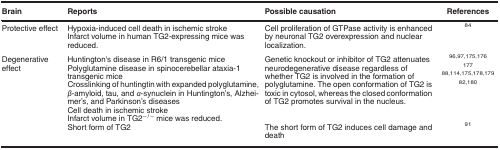
<table><thead><tr><td><b>Brain</b></td><td><b>Reports</b></td><td><b>Possible causation</b></td><td><b>References</b></td></tr></thead><tbody><tr><td>Protective effect</td><td>Hypoxia-induced cell death in ischemic strokeInfarct volume in human TG2-expressing mice was reduced.</td><td>Cell proliferation of GTPase activity is enhanced by neuronal TG2 overexpression and nuclear localization.</td><td><sup>84</sup></td></tr><tr><td>Degenerative effect</td><td>Huntington&#x27;s disease in R6/1 transgenic mice Polyglutamine disease in spinocerebellar ataxia-1 transgenic miceCrosslinking of huntingtin with expanded polyglutamine, <i>β</i>-amyloid, tau, and <i>α</i>-synuclein in Huntington&#x27;s, Alzheimer&#x27;s, and Parkinson&#x27;s diseases</td><td>Genetic knockout or inhibitor of TG2 attenuates neurodegenerative disease regardless of whether TG2 is involved in the formation of polyglutamine. The open conformation of TG2 is toxic in cytosol, whereas the closed conformation of TG2 promotes survival in the nucleus.</td><td><sup>96, 97, 175, 176</sup><sup>177</sup><sup>88, 114, 175, 178, 179</sup><sup>82, 180</sup></td></tr><tr><td> </td><td>Cell death in ischemic strokeInfarct volume in TG2<sup>−/−</sup> mice was reduced.</td><td> </td><td> </td></tr><tr><td> </td><td>Short form of TG2</td><td>The short form of TG2 induces cell damage and death</td><td><sup>91</sup></td></tr></tbody></table>